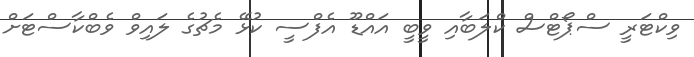
ވިކްޓަރީ ސްޕޯޓްސް ކްލަބާއި ވީބީ އައްޑޫ އެފްސީ ކުޅޭ މެޗުގެ ލައިވް ވެބްކާސްޓަށް